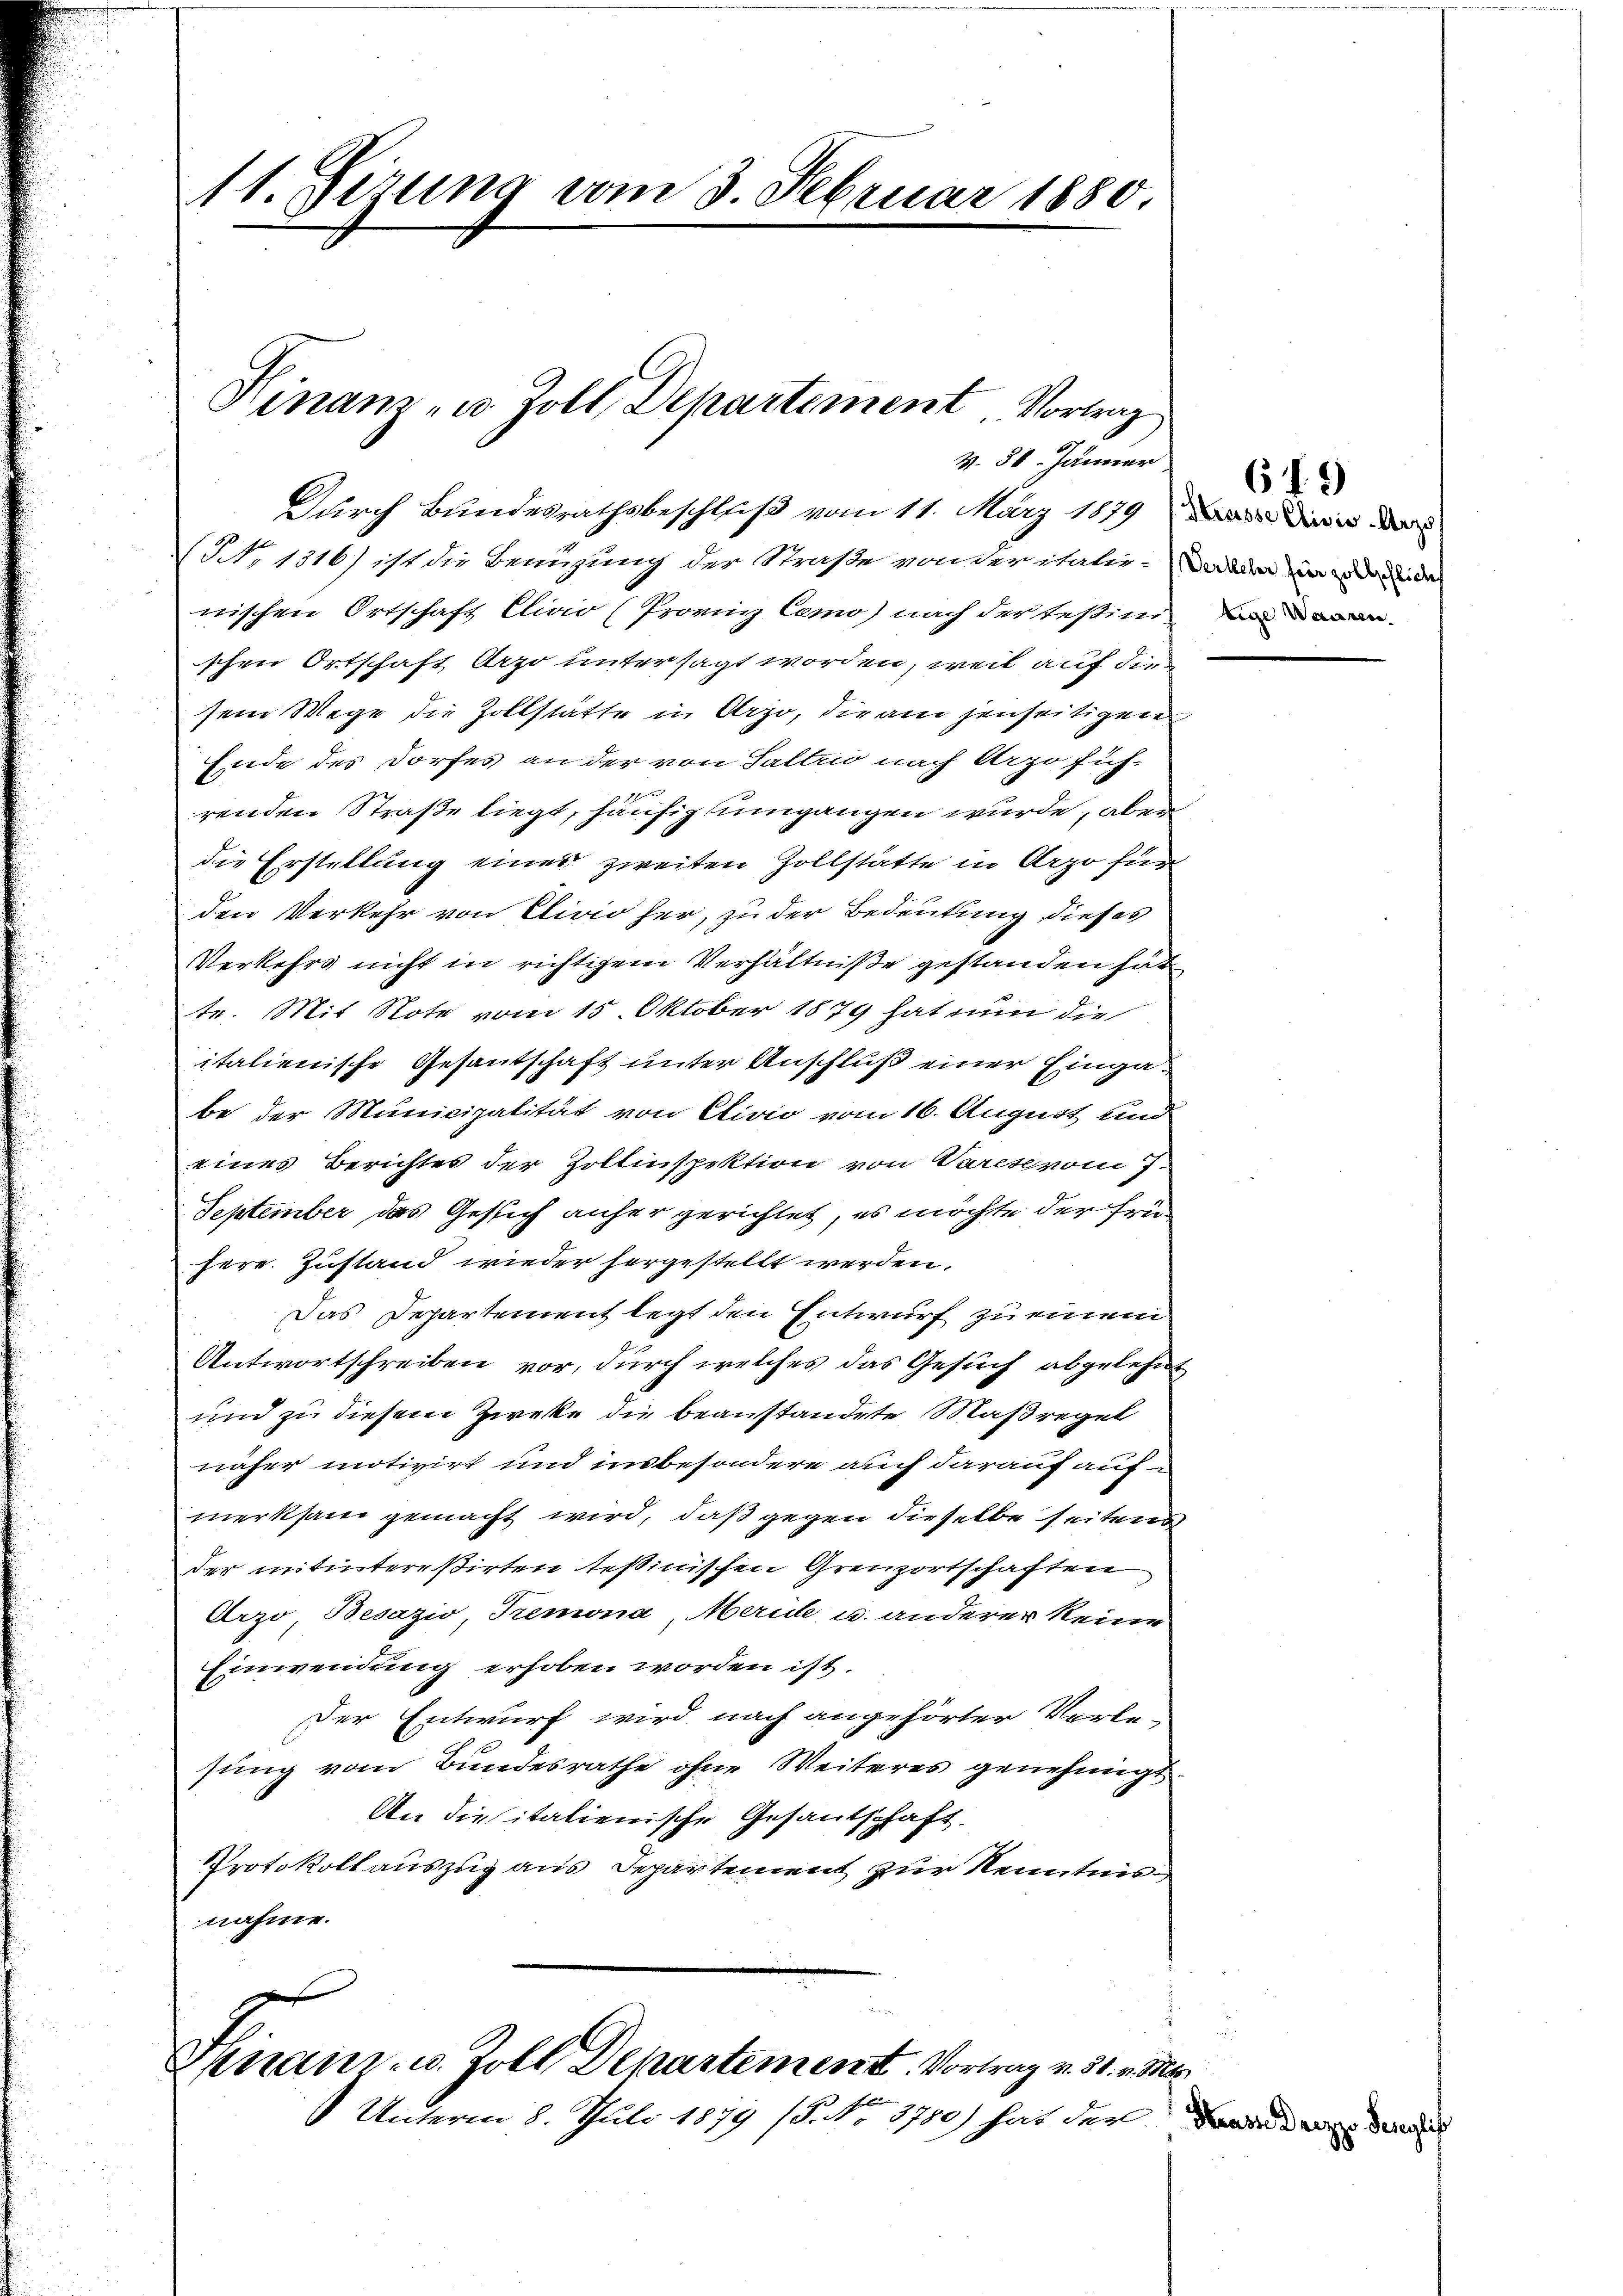
111. Sirung vom 3. Februar 1880.

v. 30. Jänner
Durch Bundesrathsbeschluß vom 11. März 1879 in die

Finanz- u. Zoll, Departement Vortrag

NNo. 1316) ist die Benuzung der Straße von der italis-Sodann in den de
nischen Ortschaft Clivio (Provinz Como) nach der Teßini-
schen Ortschaft Arzo untersagt worden, weil auf die
sem Wege die Zollstätte in Arzo, die am jenseitigen
Ende des Dorfes an der von Saltri nach Arzofüh-
1
renden Straße liegt, häufig umgangen wurde, aber
die Erstellung eines zweiten Zollstätte in Arzo für
den Verkehr von Clivio her, zu der Bedeutung dieses
Verkehrs nicht in richtigem Verhältniße gestanden hät
te. Mit Note vom 15. Oktober 1879 hat um die
italienische Gesantschaft unter Anschluß einer Eingabe der Municipalität von Clivio vom 16. August und
eines Berichtes der Zollinspektion von Varese vom 7.
September das Gesich anher gerichtet, es möchte der frühere Zustand wieder hergestellt werden.
Das Departement legt den Entwurf zu einem
Antwortschreiben vor, durch welches das Gesuch abgelehnt
und zu diesem Zweke die beanstandete Maßregel
näher motivirt und insbesondere auch darauf auf
merksam gemacht wird, daß gegen dieselbe seitens
der mitintereßirten Teßinischen Grenzortschaften
Urzo Besazio, Tremona, Meride, u. anderer keine
Einwendung erhoben worden ist.
Der Entwurf wird nach angehörter Vorle-
sung vom Bundesrathe ohne Weiteres genehmigt.
An die italienische Gesantschaft.
Protokoll auszug aus Departement zur Kenntnisnahme.

Finanz- u. Zoll Departement. Vortrag v. 31. v. M.
x
1 Unterm 8. Juli 1879 (5. No. 3750) hat der

619
tige Waisen.

,

Hrase Drezzo Sens